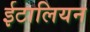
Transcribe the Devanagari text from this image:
ईटालियन